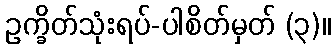
ဥက္ခိတ်သုံးရပ်-ပါစိတ်မှတ် (၃)။